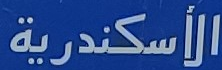
الأسكندرية